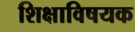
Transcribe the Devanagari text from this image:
शिक्षाविषयक